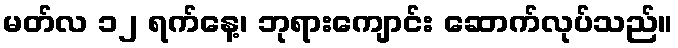
မတ်လ ၁၂ ရက်နေ့၊ ဘုရားကျောင်း ဆောက်လုပ်သည်။